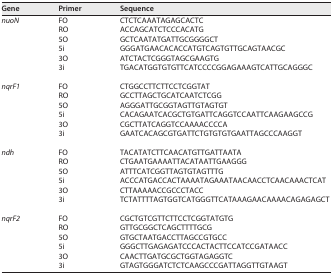
<table><thead><tr><td><b>Gene</b></td><td><b>Primer</b></td><td><b>Sequence</b></td></tr></thead><tbody><tr><td><i>nuoN</i></td><td>FO</td><td>CTCTCAAATAGAGCACTC</td></tr><tr><td></td><td>RO</td><td>ACCAGCATCTCCCACATG</td></tr><tr><td></td><td>5O</td><td>GCTCAATATGATTGCGGGGCT</td></tr><tr><td></td><td>5i</td><td>GGGATGAACACACCATGTCAGTGTTGCAGTAACGC</td></tr><tr><td></td><td>3O</td><td>ATCTACTCGGGTAGCGAAGTG</td></tr><tr><td></td><td>3i</td><td>TGACATGGTGTGTTCATCCCCGGAGAAAGTCATTGCAGGGC</td></tr><tr><td><i>nqrF1</i></td><td>FO</td><td>CTGGCCTTCTTCCTCGGTAT</td></tr><tr><td></td><td>RO</td><td>GCCTTAGCTGCATCAATCTCGG</td></tr><tr><td></td><td>5O</td><td>AGGGATTGCGGTAGTTGTAGTGT</td></tr><tr><td></td><td>5i</td><td>CACAGAATCACGCTGTGATTCAGGTCCAATTCAAGAAGCCG</td></tr><tr><td></td><td>3O</td><td>CGCTTATCAGGTCCAAAACCCCA</td></tr><tr><td></td><td>3i</td><td>GAATCACAGCGTGATTCTGTGTGTGAATTAGCCCAAGGT</td></tr><tr><td><i>ndh</i></td><td>FO</td><td>TACATATCTTCAACATGTTGATTAATA</td></tr><tr><td></td><td>RO</td><td>CTGAATGAAAATTACATAATTGAAGGG</td></tr><tr><td></td><td>5O</td><td>ATTTCATCGGTTAGTGTAGTTTG</td></tr><tr><td></td><td>5i</td><td>ACCCATGACCACTAAAATAGAAATAACAACCTCAACAAACTCAT</td></tr><tr><td></td><td>3O</td><td>CTTAAAAACCGCCCTACC</td></tr><tr><td></td><td>3i</td><td>TCTATTTTAGTGGTCATGGGTTCATAAAGAACAAAACAGAGAGCT</td></tr><tr><td><i>nqrF2</i></td><td>FO</td><td>CGCTGTCGTTCTTCCTCGGTATGTG</td></tr><tr><td></td><td>RO</td><td>GTTGCGGCTCAGCTTTTGCG</td></tr><tr><td></td><td>5O</td><td>GTGCTAATGACCTTAGCCGTGCC</td></tr><tr><td></td><td>5i</td><td>GGGCTTGAGAGATCCCACTACTTCCATCCGATAACC</td></tr><tr><td></td><td>3O</td><td>CAACTTGATGCGCTGGTAGAGGTC</td></tr><tr><td></td><td>3i</td><td>GTAGTGGGATCTCTCAAGCCCGATTAGGTTGTAAGT</td></tr></tbody></table>